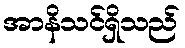
အာနိသင်ရှိသည်